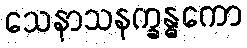
သေနာသနက္ခန္ဓကော